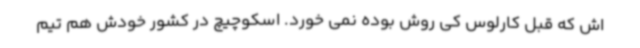
اش که قبل کارلوس کی روش بوده نمی خورد. اسکوچیچ در کشور خودش هم تیم